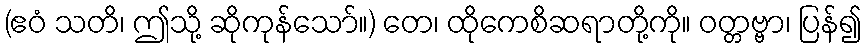
(ဧဝံ သတိ၊ ဤသို့ ဆိုကုန်သော်။) တေ၊ ထိုကေစိဆရာတို့ကို။ ဝတ္တဗ္ဗာ၊ ပြန်၍